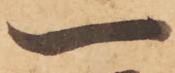
一